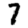
Digit: 7